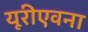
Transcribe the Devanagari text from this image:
यूरीएवना